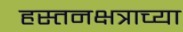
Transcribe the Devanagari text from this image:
हस्तनक्षत्राच्या